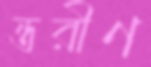
ন্তরীণ